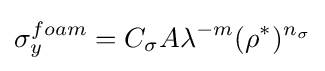
\sigma _{y}^{foam}=C_{\sigma }A\lambda ^{-m}(\rho ^{*})^{n_{\sigma }}